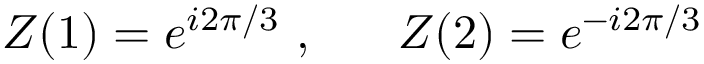
Z ( 1 ) = e ^ { i 2 \pi / 3 } \ , \ \ \ \ \ Z ( 2 ) = e ^ { - i 2 \pi / 3 }